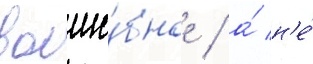
волше́бное / а́ н'е́